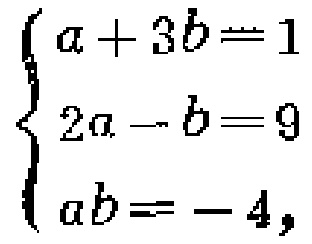
\[\begin{cases}
a + 3b = 1\\
2a - b = 9\\
ab = - 4
\end{cases}\]